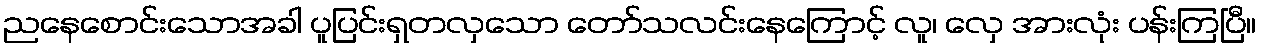
ညနေစောင်းသောအခါ ပူပြင်းရှတလှသော တော်သလင်းနေကြောင့် လူ၊ လှေ အားလုံး ပန်းကြပြီ။